Scottish Leaving Certificate Examination, 1951
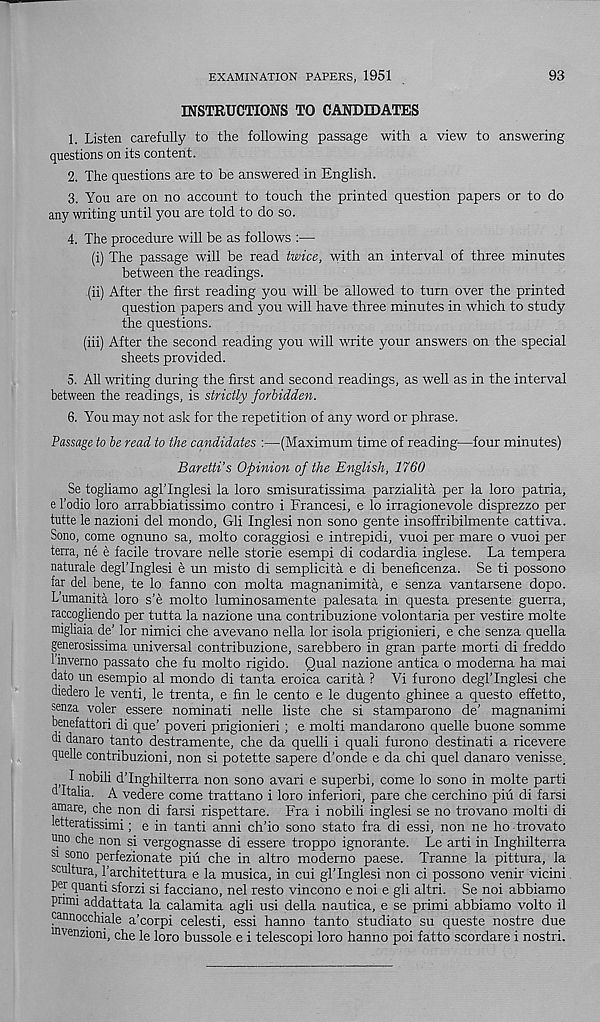
EXAMINATION PAPERS, 1951
93
INSTRUCTIONS TO CANDIDATES
1. Listen carefully to the following passage with a view to answering
questions on its content.
2. The questions are to be answered in English.
3. You are on no account to touch the printed question papers or to do
any writing until you are told to do so.
4. The procedure will be as follows :—
(i) The passage will be read twice, with an interval of three minutes
between the readings.
(ii) After the first reading you will be allowed to turn over the printed
question papers and you will have three minutes in which to study
the questions.
(iii) After the second reading you will write your answers on the special
sheets provided.
5. All writing during the first and second readings, as well as in the interval
between the readings, is strictly forbidden.
6. You may not ask for the repetition of any word or phrase.
Passage to be read to the candidates :—(Maximum time of reading—four minutes)
Baretti’s Opinion of the English, 1760
Se togliamo agl’Inglesi la loro smisuratissima parzialita per la loro patria,
e 1'odio loro arrabbiatissimo contro i Frances!, e lo irragionevole disprezzo per
tutte le nazioni del mondo, Gli Inglesi non sono gente insoffribilmente cattiva.
Sono, come ognuno sa, molto coraggiosi e intrepid!, vuoi per mare o vuoi per
terra, ne e facile trovare nelle storie esempi di codardia inglese. La tempera
naturale degl’Inglesi e un misto di semplicita e di beneficenza. Se ti possono
far del bene, te lo fanno con molta magnanimita, e senza vantarsene dopo.
L’umanita loro s’e molto luminosamente palesata in questa presente guerra,
raccogliendo per tutta la nazione una contribuzione volontaria per vestire molte
migliaia de’ lor nimici che avevano nella lor isola prigionieri, e che senza quella
generosissima universal contribuzione, sarebbero in gran parte morti di freddo
linvemo passato che fu molto rigido. Qual nazione antica o moderna ha mai
dato un esempio al mondo di tanta eroica carita ? Vi furono deglTnglesi che
diedero le venti, le trenta, e fin le cento e le dugento ghinee a questo effetto,
senza voler essere nominati nelle liste che si stamparono de’ magnanimi
benefattori di que’ poveri prigionieri; e molti mandarono quelle buone somme
di danaro tanto destramente, che da quelli i quali furono destinati a ricevere
quelle contribuzioni, non si potette sapere d’onde e da chi quel danaro venisse.
^ n°b ili dTnghilterra non sono avari e superbi, come lo sono in molte parti
d Italia. A vedere come trattano i loro inferiori, pare che cerchino piu di farsi
amare, che non di farsi rispettare. Fra i nobili inglesi se no trovano molti di
etteratissimi; e in tanti anni ch’io sono stato fra di essi, non ne ho trovato
uno che non si vergognasse di essere troppo ignorante. Le arti in Inghilterra
si sono perfezionate piu che in altro moderno paese. Tranne la pittura, la
scultura, 1’architettura e la musica, in cui gl’Inglesi non ci possono venir vicini.
per quanti sforzi si facciano, nel resto vincono e noi e gli altri. Se noi abbiamo
pnmi addattata la calamita agli usi della nautica, e se primi abbiamo volto il
pannocchiale a’corpi celesti, essi hanno tanto studiato su queste nostre due
mvenzioni, che le loro bussole e i telescopi loro hanno poi fatto scordare i nostri.